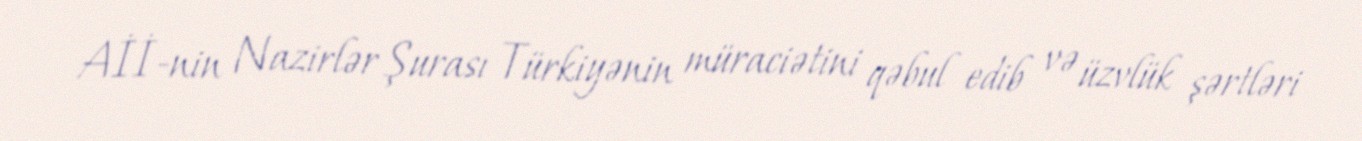
Aİİ-nin Nazirlər Şurası Türkiyənin müraciətini qəbul edib və üzvlük şərtləri